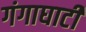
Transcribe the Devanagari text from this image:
गंगाघाटी